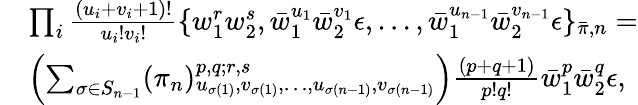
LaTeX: \begin{array}{rl}&{\prod_{i}\frac{(u_{i}+v_{i}+1)!}{u_{i}!v_{i}!}\{ w_{1}^{r}w_{2}^{s},\bar{w}_{1}^{u_{1}}\bar{w}_{2}^{v_{1}}\epsilon,\dots,\bar{w}_{1}^{u_{n-1}}\bar{w}_{2}^{v_{n-1}}\epsilon\} _{\bar{\pi},n}=}\\ &{\left(\sum_{\sigma\in S_{n-1}}(\pi_{n})_{u_{\sigma(1)},v_{\sigma(1)},\dots,u_{\sigma(n-1)},v_{\sigma(n-1)}}^{p,q;r,s}\right)\frac{(p+q+1)}{p!q!}\bar{w}_{1}^{p}\bar{w}_{2}^{q}\epsilon,}\end{array}